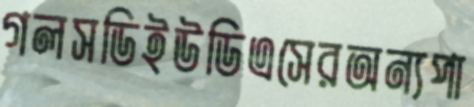
গলসডিইউডিএসেরঅন্যপা